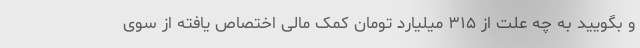
و بگویید به چه علت از ۳۱۵ میلیارد تومان کمک مالی اختصاص یافته از سوی